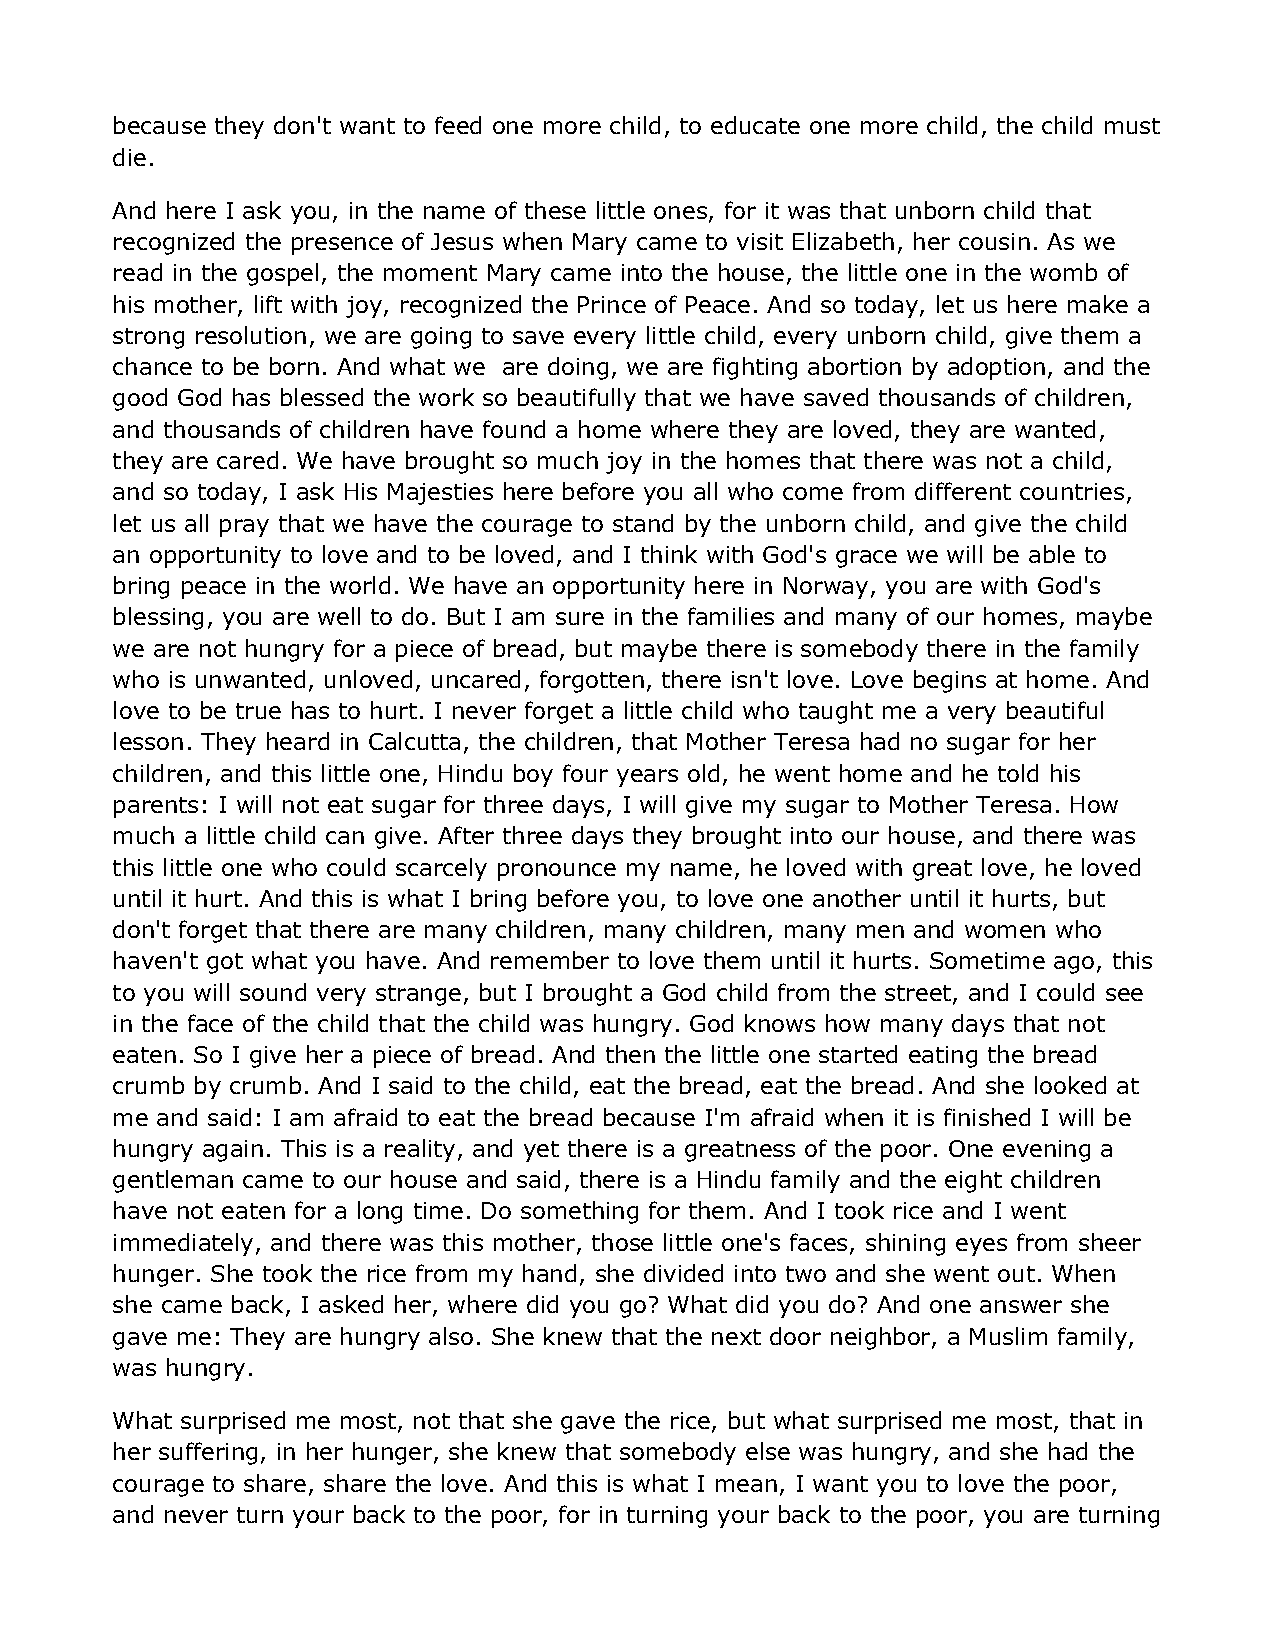
because they don't want to feed one more child, to educate one more child, the child must
 die.
 And here I ask you, in the name of these little ones, for it was that unborn child that
 recognized the presence of Jesus when Mary came to visit Elizabeth, her cousin. As we
 read in the gospel, the moment Mary came into the house, the little one in the womb of
 his mother, lift with joy, recognized the Prince of Peace. And so today, let us here make a
 strong resolution, we are going to save every little child, every unborn child, give them a
 chance to be born. And what we are doing, we are fighting abortion by adoption, and the
 good God has blessed the work so beautifully that we have saved thousands of children,
 and thousands of children have found a home where they are loved, they are wanted,
 they are cared. We have brought so much joy in the homes that there was not a child,
 and so today, I ask His Majesties here before you all who come from different countries,
 let us all pray that we have the courage to stand by the unborn child, and give the child
 an opportunity to love and to be loved, and I think with God's grace we will be able to
 bring peace in the world. We have an opportunity here in Norway, you are with God's
 blessing, you are well to do. But I am sure in the families and many of our homes, maybe
 we are not hungry for a piece of bread, but maybe there is somebody there in the family
 who is unwanted, unloved, uncared, forgotten, there isn't love. Love begins at home. And
 love to be true has to hurt. I never forget a little child who taught me a very beautiful
 lesson. They heard in Calcutta, the children, that Mother Teresa had no sugar for her
 children, and this little one, Hindu boy four years old, he went home and he told his
 parents: I will not eat sugar for three days, I will give my sugar to Mother Teresa. How
 much a little child can give. After three days they brought into our house, and there was
 this little one who could scarcely pronounce my name, he loved with great love, he loved
 until it hurt. And this is what I bring before you, to love one another until it hurts, but
 don't forget that there are many children, many children, many men and women who
 haven't got what you have. And remember to love them until it hurts. Sometime ago, this
 to you will sound very strange, but I brought a God child from the street, and I could see
 in the face of the child that the child was hungry. God knows how many days that not
 eaten. So I give her a piece of bread. And then the little one started eating the bread
 crumb by crumb. And I said to the child, eat the bread, eat the bread. And she looked at
 me and said: I am afraid to eat the bread because I'm afraid when it is finished I will be
 hungry again. This is a reality, and yet there is a greatness of the poor. One evening a
 gentleman came to our house and said, there is a Hindu family and the eight children
 have not eaten for a long time. Do something for them. And I took rice and I went
 immediately, and there was this mother, those little one's faces, shining eyes from sheer
 hunger. She took the rice from my hand, she divided into two and she went out. When
 she came back, I asked her, where did you go? What did you do? And one answer she
 gave me: They are hungry also. She knew that the next door neighbor, a Muslim family,
 was hungry.
 What surprised me most, not that she gave the rice, but what surprised me most, that in
 her suffering, in her hunger, she knew that somebody else was hungry, and she had the
 courage to share, share the love. And this is what I mean, I want you to love the poor,
 and never turn your back to the poor, for in turning your back to the poor, you are turning